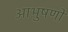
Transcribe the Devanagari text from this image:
आभुषणों